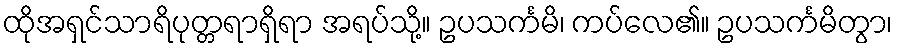
ထိုအရှင်သာရိပုတ္တရာရှိရာ အရပ်သို့။ ဥပသင်္ကမိ၊ ကပ်လေ၏။ ဥပသင်္ကမိတွာ၊